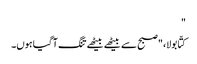
"
کتّا بولا، "صبح سے بیٹھے بیٹھے تنگ آ گیا ہوں۔